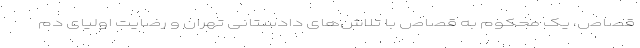
قصاص، یک محکوم به قصاص با تلاش‌های دادستانی تهران و رضایت اولیای دم